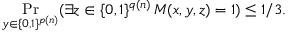
\Pr _ { y \in \{ 0 , 1 \} ^ { p ( n ) } } ( \exists z \in \{ 0 , 1 \} ^ { q ( n ) } \, M ( x , y , z ) = 1 ) \leq 1 / 3 .